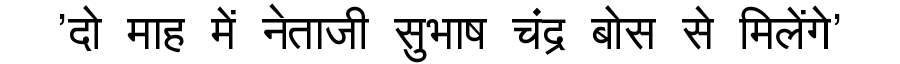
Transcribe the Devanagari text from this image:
'दो माह में नेताजी सुभाष चंद्र बोस से मिलेंगे'